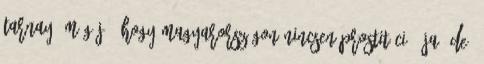
Tarnay: Még jó, hogy Magyarországon nincsen prostitúció. Ja, de.